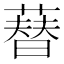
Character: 𦻘